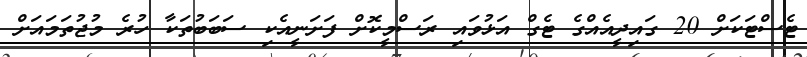
ޓެސްޓަކަށް 20 ގައިދީއެއްގެ ޓެގް އަޅުވައި ރަސްމީކޮށް ފަށަނީއެކި ސަބަބުތަކާ ހުރެ މުޖުތަމައަށް